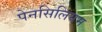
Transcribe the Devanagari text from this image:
पेनसिलियम